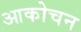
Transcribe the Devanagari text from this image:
आकोचन